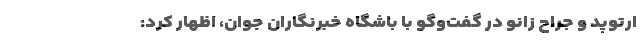
ارتوپد و جراح زانو در گفت‌وگو با باشگاه خبرنگاران جوان، اظهار کرد: